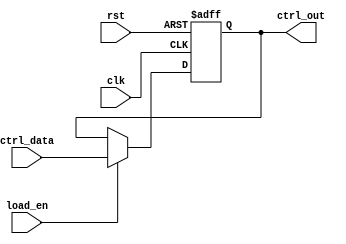
module control_register (
    input wire clk,               // Clock signal
    input wire rst,               // Asynchronous reset signal
    input wire [n-1:0] ctrl_data, // Parallel input bus for control signals
    input wire load_en,           // Load enable signal
    output reg [n-1:0] ctrl_out   // Parallel output bus for control register
);
    parameter n = 8; // Define the width of the control register (number of control signals)

    // Asynchronous reset and synchronous load logic
    always @(posedge clk or posedge rst) begin
        if (rst) begin
            ctrl_out <= {n{1'b0}}; // Reset control register to 0
        end else if (load_en) begin
            ctrl_out <= ctrl_data; // Load control data into the register
        end
        // If load_en is not asserted, hold the previous state
    end

endmodule